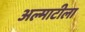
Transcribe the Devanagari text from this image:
अल्माटीला